Report of the Indian Hemp Drugs Commission, 1894-1895 - Volume V
Year: 1894
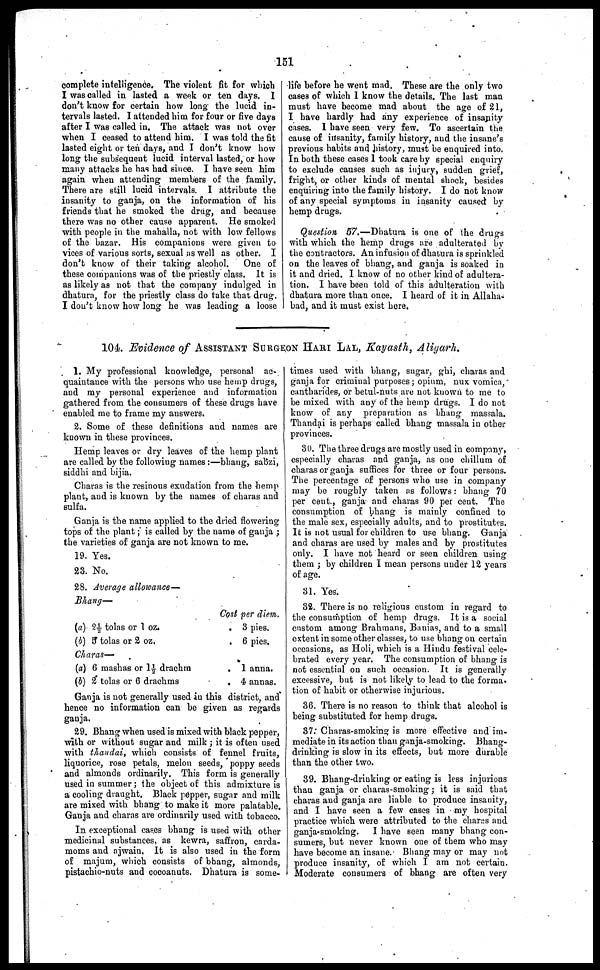
151
complete intelligence. The violent fit for which
I was called in lasted a week or ten days. I
don't know for certain how long the lucid in-
tervals lasted. I attended him for four or five days
after I was called in. The attack was not over
when I ceased to attend him. I was told the fit
lasted eight or ten days, and I don't know how
long the subsequent lucid interval lasted, or how
many attacks he has had since. I have seen him
again when attending members of the family.
There are still lucid intervals. I attribute the
insanity to ganja, on the information of his
friends that he smoked the drug, and because
there was no other cause apparent. He smoked
with people in the mahalla, not with low fellows
of the bazar. His companions were given to
vices of various sorts, sexual as well as other. I
don't know of their taking alcohol.
One of
these companions was of the priestly class. It is
as likely as not that the company indulged in
dhatura, for the priestly class do take that drug.
I don't know how long he was leading a loose
life before he went mad. These are the only two
cases of which I know the details. The last man
must have become mad about the age of 21,
I have hardly had any experience of insanity
cases. I have seen very few. To ascertain the
cause of insanity, family history, and the insane's
previous habits and history, must be enquired into.
In both these cases I took care by special enquiry
to exclude causes such as injury, sudden grief,
fright, or other kinds of mental shock, besides
enquiring into the family history. I do not know
of any special symptoms in insanity caused by
hemp drugs.
Question 57.—Dhatura is one of the drugs
with which the hemp drugs are adulterated by
the contractors. An infusion of dhatura is sprinkled
on the leaves of bhang, and ganja is soaked in
it and dried. I know of no other kind of adultera-
tion. I have been told of this adulteration with
dhatura more than once. I heard of it in Allaha-
bad, and it must exist here.
104 Evidence of ASSISTANT SURGEON HAM LAL, Kayasth, Aligarh.
1. My professional knowledge, personal ac-
quaintance with the persons who use hemp drugs,
and my personal experience and information
gathered from the consumers of these drugs have
enabled me to frame my answers.
2. Some of these definitions and names are
known in these provinces.
Hemp leaves or dry leaves of the hemp plant
are called by the following names:—bhang, sabzi,
siddhi and bijia.
Charas is the resinous exudation from the hemp
plant, and is known by the names of charas and
sulfa.
Ganja is the name applied to the dried flowering
tops of the plant; is called by the name of ganja;
the varieties of ganja are not known to me.
19. Yes.
23. No.
28. Average allowance—
Bhang—
(a 2½ tolas or 1 oz.
(b) 5 tolas or 2 oz.
Charas—
(a) 6 mashas or 1½ drachm
(b) 2 tolas or 6 drachms
Cost per diem.
. 3 pies.
. 6 pies.
. 1 anna.
. 4 annas.
Ganja is not generally used in this district, and
hence no information can be given as regards
ganja.
29. Bhang when used is mixed with black pepper,
with or without sugar and milk; it is often used
with thandai, which consists of fennel fruits,
liquorice, rose petals, melon seeds, poppy seeds
and almonds ordinarily. This form is generally
used in summer; the object of this admixture is
a cooling draught. Black pepper, sugar and milk
are mixed with bhang to make it more palatable.
Ganja and charas are ordinarily used with tobacco.
In exceptional cases bhang is used with other
medicinal substances, as kewra, saffron, carda-
moms and ajwain, It is also used in the form
of majum, which consists of bhang, almonds,
pistachio-nuts and cocoanuts. Dhatura is some-
times used with bhang, sugar, ghi, charas and
ganja for criminal purposes; opium, nux vomica,
cantharides, or betul-nuts are not known to me to
be mixed with any of the hemp drugs. I do not
know of any preparation as bhang massala.
Thandai is perhaps called bhang massala in other
provinces.
30. The three drugs are mostly used in company,
especially charas and ganja, as one chillum of
charas or ganja suffices for three or four persons.
The percentage of persons who use in company
may be roughly taken as follows: bhang 70
per cent., ganja and charas 90 per cent. The
consumption of bhang is mainly confined to
the male sex, especially adults, and to prostitutes.
It is not usual for children to use bhang. Ganja
and charas are used by males and by prostitutes
only. I have not heard or seen children using
them; by children I mean persons under 12 years
of age.
31. Yes.
32. There is no religious custom in regard to
the consumption of hemp drugs. It is a social
custom among Brahmans, Banias, and to a small
extent in some other classes, to use bhang on certain
occasions, as Holi, which is a Hindu festival cele-
brated every year. The consumption of bhang is
not essential on such occasion. It is generally
excessive, but is not likely to lead to the forma-
tion of habit or otherwise injurious.
36. There is no reason to think that alcohol is
being substituted for hemp drugs.
37. Charas-smoking is more effective and im-
mediate in its action than ganja-smoking. Bhang-
drinking is slow in its effects, but more durable
than the other two.
39. Bhang-drinking or eating is less injurious
than ganja or charas-smoking; it is said that
charas and ganja are liable to produce insanity,
and I have seen a few cases in my hospital
practice which were attributed to the charas and
ganja-smoking.
I have seen many bhang con-
sumers, but never known one of them who may
have become an insane. Bhang may or may not
produce insanity, of which I am not certain.
Moderate consumers of bhang are often very